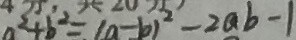
a ^ { 2 } + b ^ { 2 } = ( a - b ) ^ { 2 } - 2 a b - 1